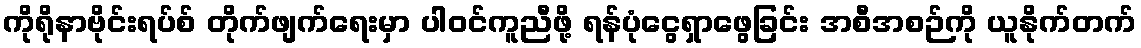
ကိုရိုနာဗိုင်းရပ်စ် တိုက်ဖျက်ရေးမှာ ပါဝင်ကူညီဖို့ ရန်ပုံငွေရှာဖွေခြင်း အစီအစဉ်ကို ယူနိုက်တက်